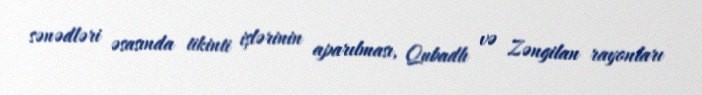
sənədləri əsasında tikinti işlərinin aparılması, Qubadlı və Zəngilan rayonları